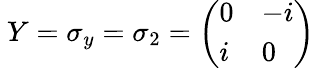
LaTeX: \ Y=\sigma_{y}=\sigma_{2}=\left(\begin{array}{ll}{0}&{-i}\\ {i}&{0}\end{array}\right)